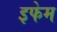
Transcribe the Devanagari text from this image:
इफेम